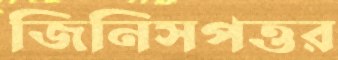
জিনিসপত্তর